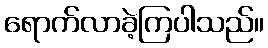
ရောက်လာခဲ့ကြပါသည်။